Report of the Hyderabad Chloroform Commission
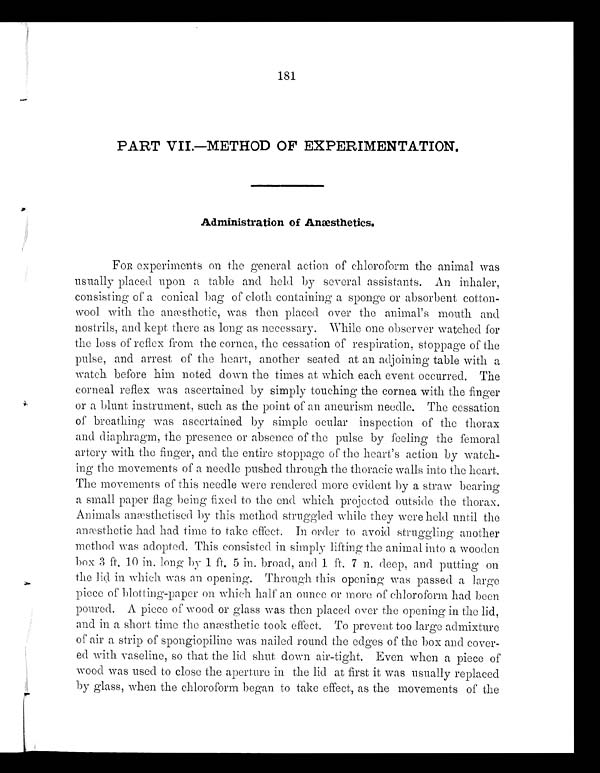
181
PART VIL.—METHOD OF EXPERIMENTATION.
Administration of Anæ sthetics.
FOR experiments on the general action of chloroform the animal was
usually placed upon a table and held by several assistants. An inhaler,
consisting of a conical bag of cloth containing a sponge or absorbent cotton-
wool with the anæ sthetic, was then placed over the animal's mouth and
nostrils, and kept there as long as necessary. While one observer watched for
the loss of reflex from the cornea, the cessation of respiration, stoppage of the
pulse, and arrest of the heart, another seated at an adjoining table with a
watch before him noted down the times at which each event occurred. The
corneal reflex was ascertained by simply touching the cornea with the finger
or a blunt instrument, such as the point of an aneurism needle. The cessation
of breathing was ascertained by simple ocular inspection of the thorax
and diaphragm, the presence or absence of the pulse by feeling the femoral
artery with the finger, and the entire stoppage of the heart's action by watch-
ing the movements of a needle pushed through the thoracic walls into the heart.
The movements of this needle were rendered more evident by a straw bearing
a small paper flag being fixed to the end which projected outside the thorax.
Animals anæsthetised by this method struggled while they were held until the
anæ sthetic had had time to take effect. In order to avoid struggling another
method was adopted. This consisted in simply lifting the animal into a wooden
box 3 ft. 10 in. long by 1 ft. 5 in. broad, and 1. ft. 7 n. deep, and putting on
the lid in which was an opening. Through this opening was passed a large
piece of blotting-paper on which half an ounce or more of chloroform had been
poured. A piece of wood or glass was then placed over the opening in the lid,
and in a short time the an æ sthetic took effect. To prevent too large admixture
of air a strip of spongiopiline was nailed round the edges of the box and cover-
-ed with vaseline, so that the lid shut, down air-tight. Even when a piece of
wood was used to close the aperture in the lid at first it was usually replaced
by glass, when the chloroform began to take effect, as the movements of the